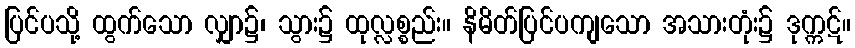
ပြင်ပသို့ ထွက်သော လျှာ၌၊ သွား၌ ထုလ္လစ္စည်း။ နိမိတ်ပြင်ပကျသော အသားတုံး၌ ဒုက္ကဋ်။